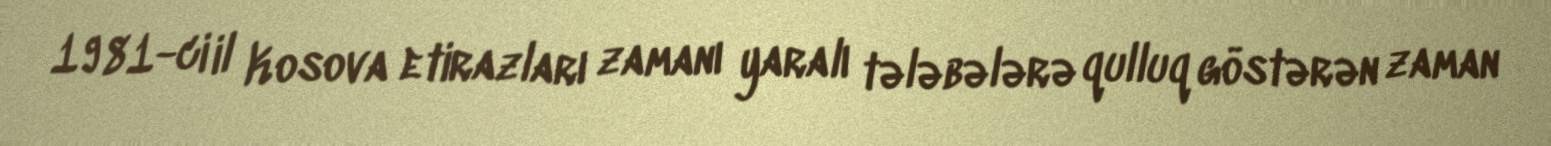
1981-ci il Kosova etirazları zamanı yaralı tələbələrə qulluq göstərən zaman